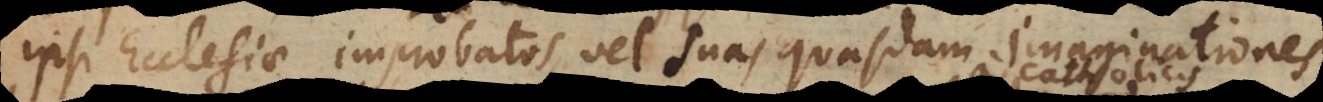
ipsi Ecclesiae improbatos, vel suas quasdam imaginationes